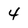
Character: 4